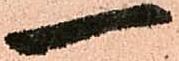
一